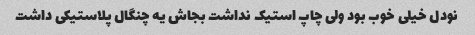
نودل خیلی خوب بود ولی چاپ استیک نداشت بجاش یه چنگال پلاستیکی داشت